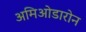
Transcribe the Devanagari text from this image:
अमिओडारोन